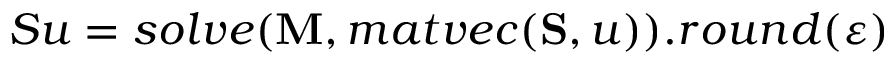
S u = s o l v e ( \mathbf { M } , m a t v e c ( \mathbf { S } , u ) ) . r o u n d ( \varepsilon )